Piroplasma canis and its life cycle in the tick - Number 29
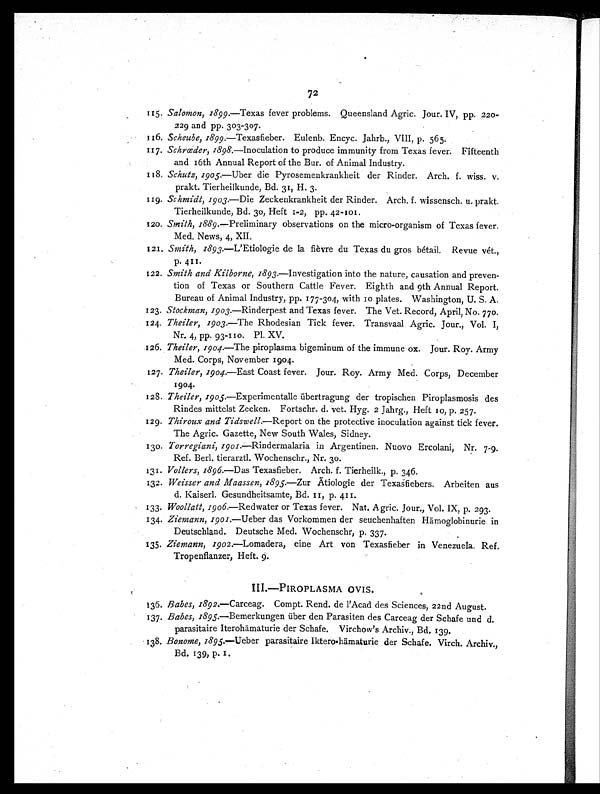
72
115. Salomon, 1899.—Texas fever problems. Queensland Agric. Jour. IV, pp. 220
–229 and pp. 303-307.
116. Scheube, 1899.—Texasfieber. Eulenb. Encyc. Jahrb., VIII, p. 565.
117. Schrœder, 1898.—Inoculation to produce immunity from Texas fever. Fifteenth
and 16th Annual Report of the Bur. of Animal Industry.
118. Schutz, 1905.—Uber die Pyrosemenkrankheit der Rinder. Arch. f. wiss. v.
prakt. Tierheilkunde, Bd. 31, H. 3.
119. Schmidt, 1903.—Die Zeckenkrankheit der Rinder. Arch. f. wissensch. u. prakt.
Tierheilkunde, Bd. 30, Heft 1-2, pp. 42-101.
120. Smith, 1889.—Preliminary observations on the micro-organism of Texas fever.
Med. News, 4, XII.
121. Smith, 1893.—L'Etiologie de la fièvre du Texas du gros bétail. Revue vét.,
p
4 1 1 .
122. Smith and Kilborne, 1893.—Investigation into the nature, causation and preven-
tion of Texas or Southern Cattle Fever. Eighth and 9th Annual Report.
Bureau of Animal Industry, pp. 177-304, with 10 plates. Washington, U. S. A.
123. Stockman, 1903.—Rinderpest and Texas fever. The Vet. Record, April, No. 770.
124. Theiler, 1903. —The Rhodesian Tick fever. Transvaal Agric. Jour., Vol. I,
Nr. 4, pp. 93-110. Pl. XV.
126. Theiler, 1904.—The piroplasma bigeminum of the immune ox. Jour. Roy. Army
Med. Corps, November 1904.
127. Theiler, 1904.—East Coast fever. Jour. Roy. Army Med. Corps, December
1904.
128. Theiler, 1905.—Experimentalle übertragung der tropischen Piroplasmosis des
Rindes mittelst Zecken. Fortschr. d. vet. Hyg. 2 Jahrg., Heft 10, p. 257.
129. Thiroux and Tidswell.— Report on the protective inoculation against tick fever.
The Agric. Gazette, New South Wales, Sidney.
130. Torregiani, 1901.—Rindermalaria in Argentinen. Nuovo Ercolani, Nr. 7–9.
Ref. Berl. tierarztl. Wochenschr., Nr. 30.
131. Vollers, 1896.—Das Texasfieber. Arch. f. Tierheilk., p. 346.
132. Weisser and Maassen, 1 895.—Zur Ätiologie der Texasfiebers. Arbeiten aus
d. Kaiserl. Gesundheitsamte, Bd. 11, p. 411.
133. Woollatt, 1906.—Redwater or Texas fever. Nat. Agric. Jour., Vol. IX, p. 293.
134. Ziemann,1901.—Ueber das Vorkommen der seuchenhaften Hämoglobinurie in
Deutschland. Deutsche Med. Wochenschr, p. 337.
135. Ziemann, 1902.—Lomadera, eine Art von Texasfieber in Venezuela, Ref.
Tropenflanzer, Heft. 9.
I I I . — P I R O P L A S M A O V I S .
136. Babes, 1892.—Carceag. Compt. Rend. de l'Acad des Sciences, 22nd August.
137. Babes, 1895.—Bemerkungen über den Parasiten des Carceag der Schafe and d.
parasitaire Iterohämaturie der Schafe. Virchow's Archiv., Bd. 139.
138. Bonome, 1895.—Ueber parasitaire Iktero-hämaturie der Schafe. Virch. Archiv.,
Bd. 139, p. 1.